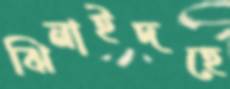
ঝিনাইদহে